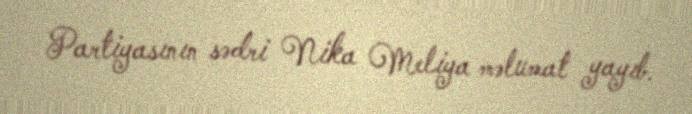
Partiyasının sədri Nika Meliya məlumat yayıb.